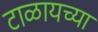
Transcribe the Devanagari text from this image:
टाळायच्या